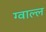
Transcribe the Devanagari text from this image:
ग्वाल्ल